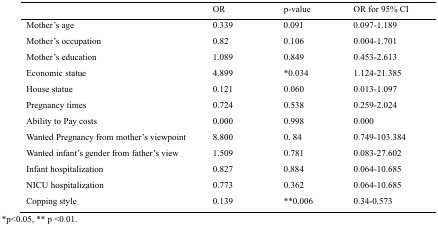
<table><thead><tr><td></td><td><b>OR</b></td><td><b>p-value</b></td><td><b>OR for 95% CI</b></td></tr></thead><tbody><tr><td>Mother’s age</td><td>0.339</td><td>0.091</td><td>0.097-1.189</td></tr><tr><td>Mother’s occupation</td><td>0.82</td><td>0.106</td><td>0.004-1.701</td></tr><tr><td>Mother’s education</td><td>1.089</td><td>0.849</td><td>0.453-2.613</td></tr><tr><td>Economic statue</td><td>4.899</td><td>*0.034</td><td>1.124-21.385</td></tr><tr><td>House statue</td><td>0.121</td><td>0.060</td><td>0.013-1.097</td></tr><tr><td>Pregnancy times</td><td>0.724</td><td>0.538</td><td>0.259-2.024</td></tr><tr><td>Ability to Pay costs</td><td>0.000</td><td>0.998</td><td>0.000</td></tr><tr><td>Wanted Pregnancy from mother’s viewpoint</td><td>8.800</td><td>0. 84</td><td>0.749-103.384</td></tr><tr><td>Wanted infant’s gender from father’s view</td><td>1.509</td><td>0.781</td><td>0.083-27.602</td></tr><tr><td>Infant hospitalization</td><td>0.827</td><td>0.884</td><td>0.064-10.685</td></tr><tr><td>NICU hospitalization</td><td>0.773</td><td>0.362</td><td>0.064-10.685</td></tr><tr><td>Copping style</td><td>0.139</td><td>**0.006</td><td>0.34-0.573</td></tr></tbody></table>